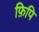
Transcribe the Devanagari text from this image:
फ़िपि